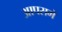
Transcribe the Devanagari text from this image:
आपसमें